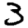
Digit: 3